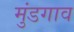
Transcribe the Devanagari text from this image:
मुंडगाव